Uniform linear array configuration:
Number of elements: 48
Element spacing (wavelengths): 0.25
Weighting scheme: cosine
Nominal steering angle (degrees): -60
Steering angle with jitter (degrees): -59.671
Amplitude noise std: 0.05
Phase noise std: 0.05

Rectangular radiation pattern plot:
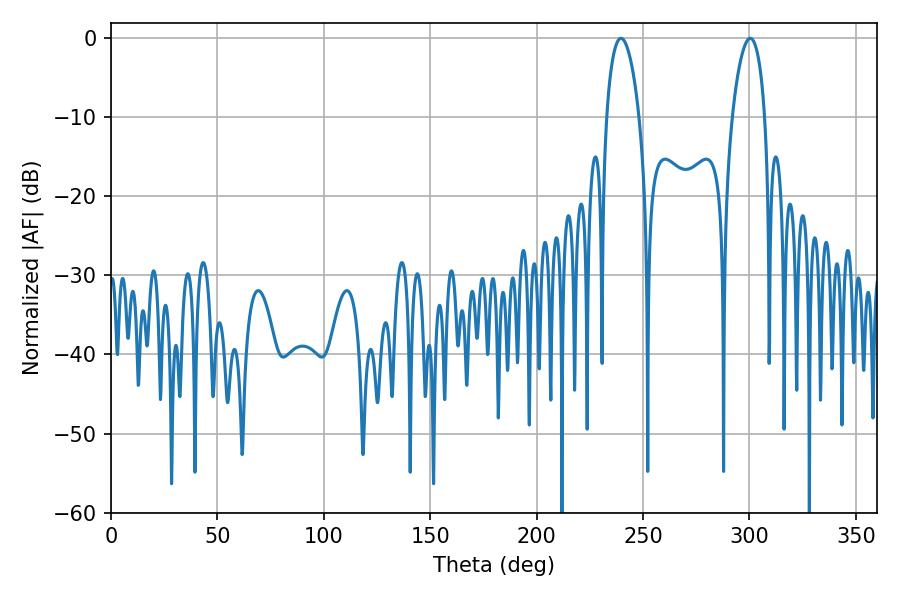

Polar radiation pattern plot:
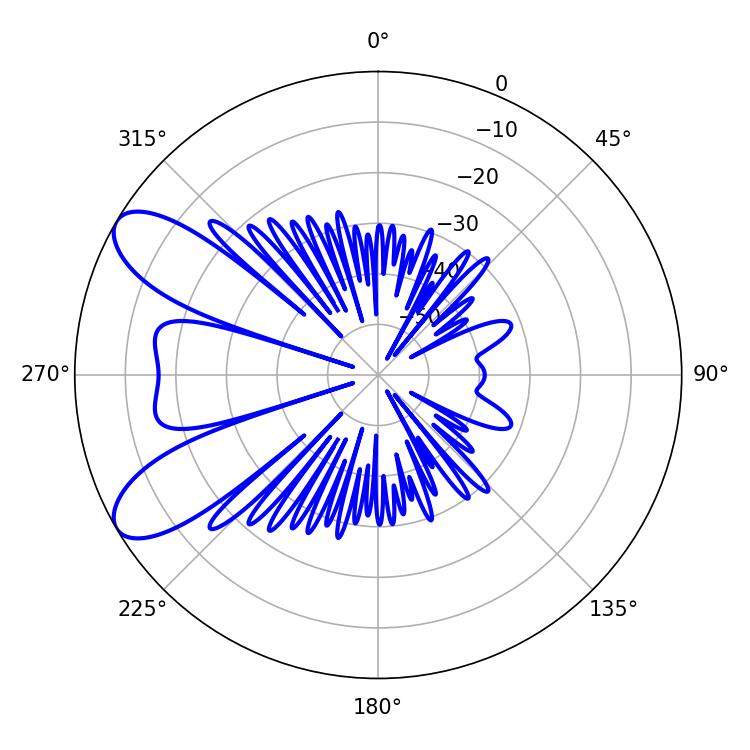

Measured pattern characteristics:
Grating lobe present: FALSE
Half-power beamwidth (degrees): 8.64
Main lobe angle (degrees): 239.58